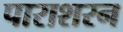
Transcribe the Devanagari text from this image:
पाराशरन